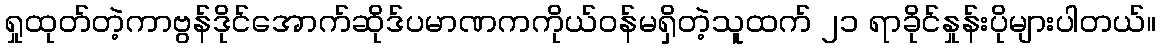
ရှုထုတ်တဲ့ကာဗွန်ဒိုင်အောက်ဆိုဒ်ပမာဏကကိုယ်ဝန်မရှိတဲ့သူထက် ၂၁ ရာခိုင်နှုန်းပိုများပါတယ်။